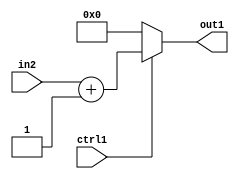
`timescale 1ps / 1ps
/*****************************************************************************
    Verilog RTL Description
    
    
    Created by: CellMath Designer 2019.1.01 
*******************************************************************************/

module finish_gen_MuxAdd2i1u8i0u1_4_0 (
	in2,
	ctrl1,
	out1
	); /* architecture "behavioural" */ 
input [7:0] in2;
input  ctrl1;
output [7:0] out1;
wire [7:0] asc001,
	asc002;

assign asc002 = 
	+(in2)
	+(8'B00000001);

reg [7:0] asc001_tmp_0;
assign asc001 = asc001_tmp_0;
always @ (ctrl1 or asc002) begin
	case (ctrl1)
		1'B1 : asc001_tmp_0 = asc002 ;
		default : asc001_tmp_0 = 8'B00000000 ;
	endcase
end

assign out1 = asc001;
endmodule

/* CADENCE  v7PySAA= : u9/ySgnWtBlWxVPRXgAZ4Og= ** DO NOT EDIT THIS LINE ******/